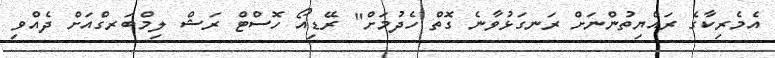
އެމެރިކާގެ ރައްޔިތުންނަށް ރަނގަޅުވާނެ ގޮތް ހެދުމަށް" ރޭޑިއޯ ހޮސްޓް ރަޝް ލިމްބަރގްއަށް ދެއްވި